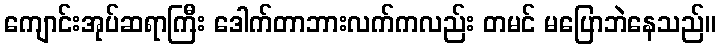
ကျောင်းအုပ်ဆရာကြီး ဒေါက်တာဘားလက်ကလည်း တမင် မပြောဘဲနေသည်။